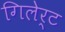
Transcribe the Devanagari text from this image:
गिलेर्ट